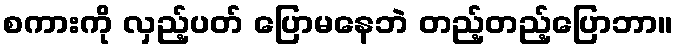
စကားကို လှည့်ပတ် ပြောမနေဘဲ တည့်တည့်ပြောဘာ။